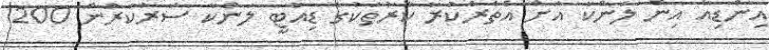
އިންޑިއާ އިން ލަންކާ އަށް އެތެރެކުރާ ކާރުތަކުގެ ޑިއުޓީ ލަންކާ ސަރުކާރުން 200